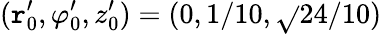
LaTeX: (\mathtt{r}_{0}^{\prime},\varphi_{0}^{\prime},z_{0}^{\prime})=(0,1/10,\sqrt{}{{24}}/10)